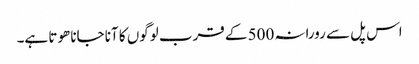
اس پل سے رورانہ 500 کے قرب لوگوں کا آنا جانا ھوتا ہے۔